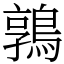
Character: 鶉